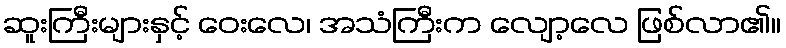
ဆူးကြီးများနှင့် ဝေးလေ၊ အသံကြီးက လျော့လေ ဖြစ်လာ၏။